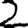
Digit: 2